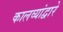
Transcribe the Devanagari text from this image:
कालव्यांद्वारे